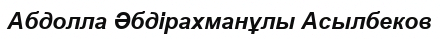
Абдолла Әбдірахманұлы Асылбеков